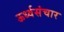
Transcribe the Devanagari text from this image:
ऊर्ध्वसंचार